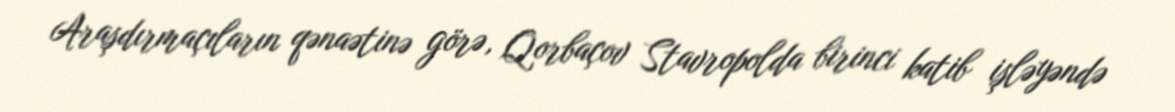
Araşdırmaçıların qənaətinə görə, Qorbaçov Stavropolda birinci katib işləyəndə